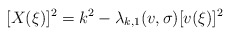
\begin{align*}[X(\xi)]^2 = k^2 - \lambda_{k,1}(v,\sigma) [v(\xi)]^2\end{align*}